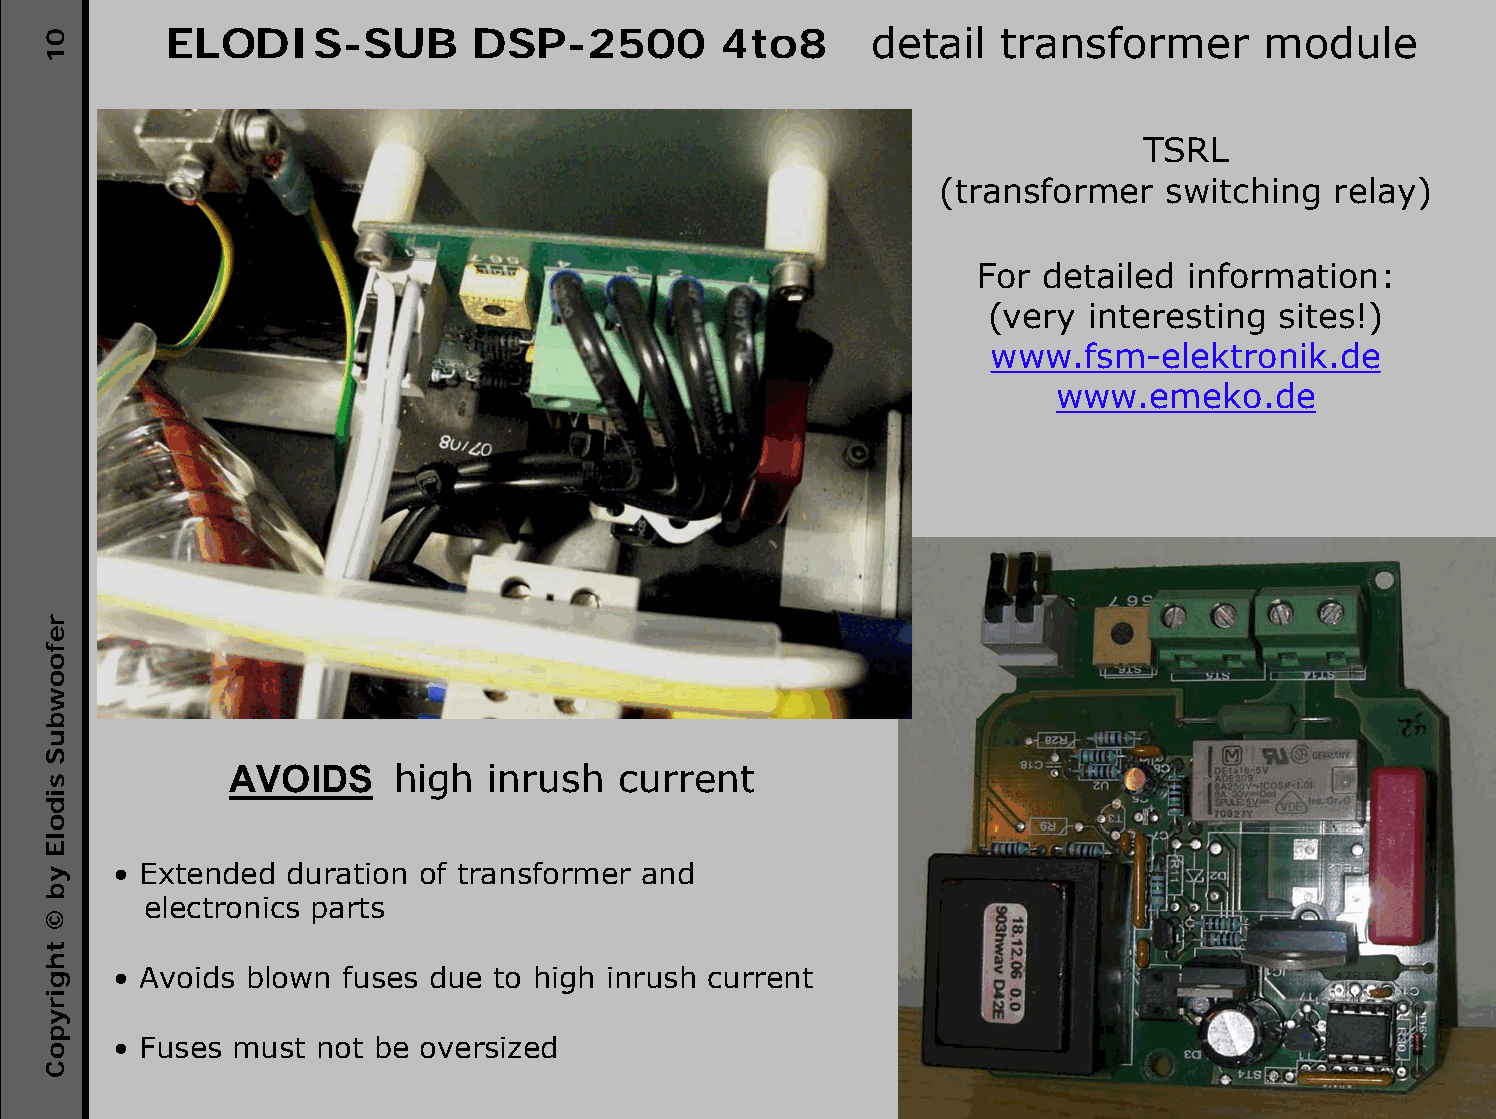
ELODIS-SUB          DSP-2500        4to8      detail   transformer      module
 TSRL
 (transformer   switching  relay)
 For  detailed information:
 (very  interesting sites!)
 www.fsm-elektronik.de
 www.emeko.de
 AVOIDS     high  inrush  current
 • Extended duration of transformer and
 electronics parts
 • Avoids blown fuses due to high inrush current
 • Fuses must not be oversized
 01
 refoowbuS
 sidolE
 yb
 ©
 thgirypoC